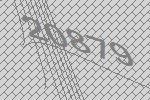
20879